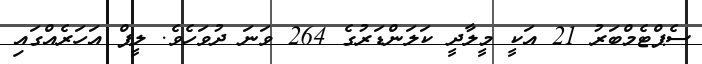
ސެޕްޓެމްބަރު 21 އަކީ މީލާދީ ކަލަންޑަރުގެ 264 ވަނަ ދުވަހެވެ. ލީޕް އަހަރެއްގައި